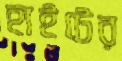
হাইটের